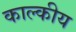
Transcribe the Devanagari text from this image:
काल्कीय